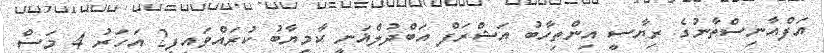
އަފްއާނިސްތާނުގެ ރިޔާސީ އިންތިހާބު އަޝްރަފް އަބްދުލްޣަނީ ކާމިޔާބު ކުރައްވައިފި2 އަހަރު 4 މަސް